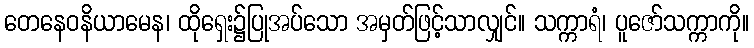
တေနေဝနိယာမေန၊ ထိုရှေး၌ပြုအပ်သော အမှတ်ဖြင့်သာလျှင်။ သက္ကာရံ၊ ပူဇော်သက္ကာကို။